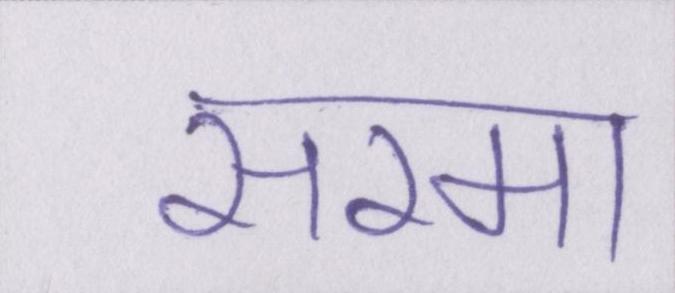
सरमा